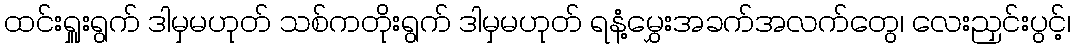
ထင်းရှူးရွက် ဒါမှမဟုတ် သစ်ကတိုးရွက် ဒါမှမဟုတ် ရနံ့မွှေးအခက်အလက်တွေ၊ လေးညှင်းပွင့်၊